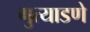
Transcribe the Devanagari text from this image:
गुत्याडणे